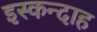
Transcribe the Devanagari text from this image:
इस्कन्दाह